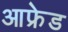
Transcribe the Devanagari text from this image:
आफ्रेड